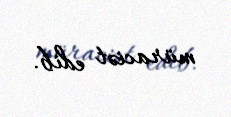
müraciət edib.